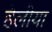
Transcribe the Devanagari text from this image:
हेलीया